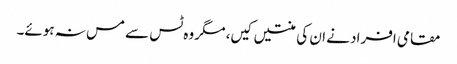
مقامی افراد نے ان کی منتیں کیں، مگر وہ ٹس سے مس نہ ہوئے۔